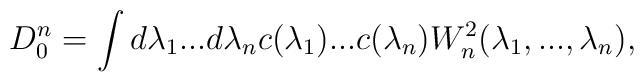
D_0^n=\int d\lambda_1...d\lambda_n c(\lambda_1)...c(\lambda_n)W_n^2(\lambda_1,...,\lambda_n),